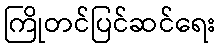
ကြိုတင်ပြင်ဆင်ရေး